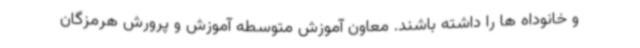
و خانوداه ها را داشته باشند. معاون آموزش متوسطه آموزش و پرورش هرمزگان